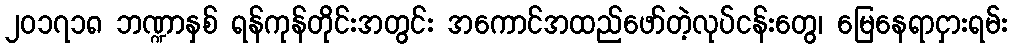
၂၀၁၇၁၈ ဘဏ္ဍာနှစ် ရန်ကုန်တိုင်းအတွင်း အကောင်အထည်ဖော်တဲ့လုပ်ငန်းတွေ၊ မြေနေရာငှားရမ်း